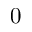
0